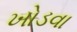
ખોડવા